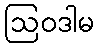
ဩဝဒါမ